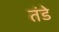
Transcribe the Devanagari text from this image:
तंडे